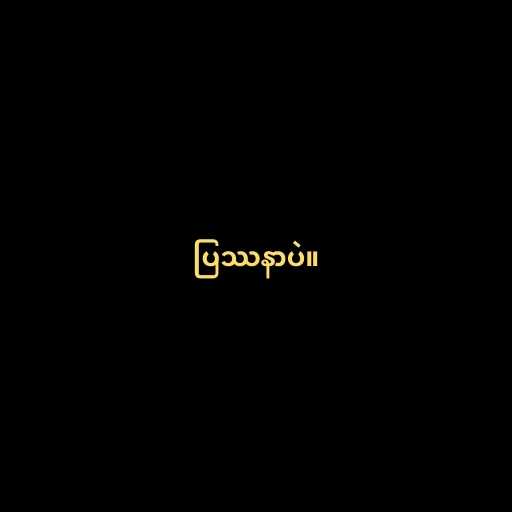
ပြဿနာပဲ။